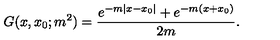
G ( x , x _ { 0 } ; m ^ { 2 } ) = \frac { e ^ { - m | x - x _ { 0 } | } + e ^ { - m ( x + x _ { 0 } ) } } { 2 m } .